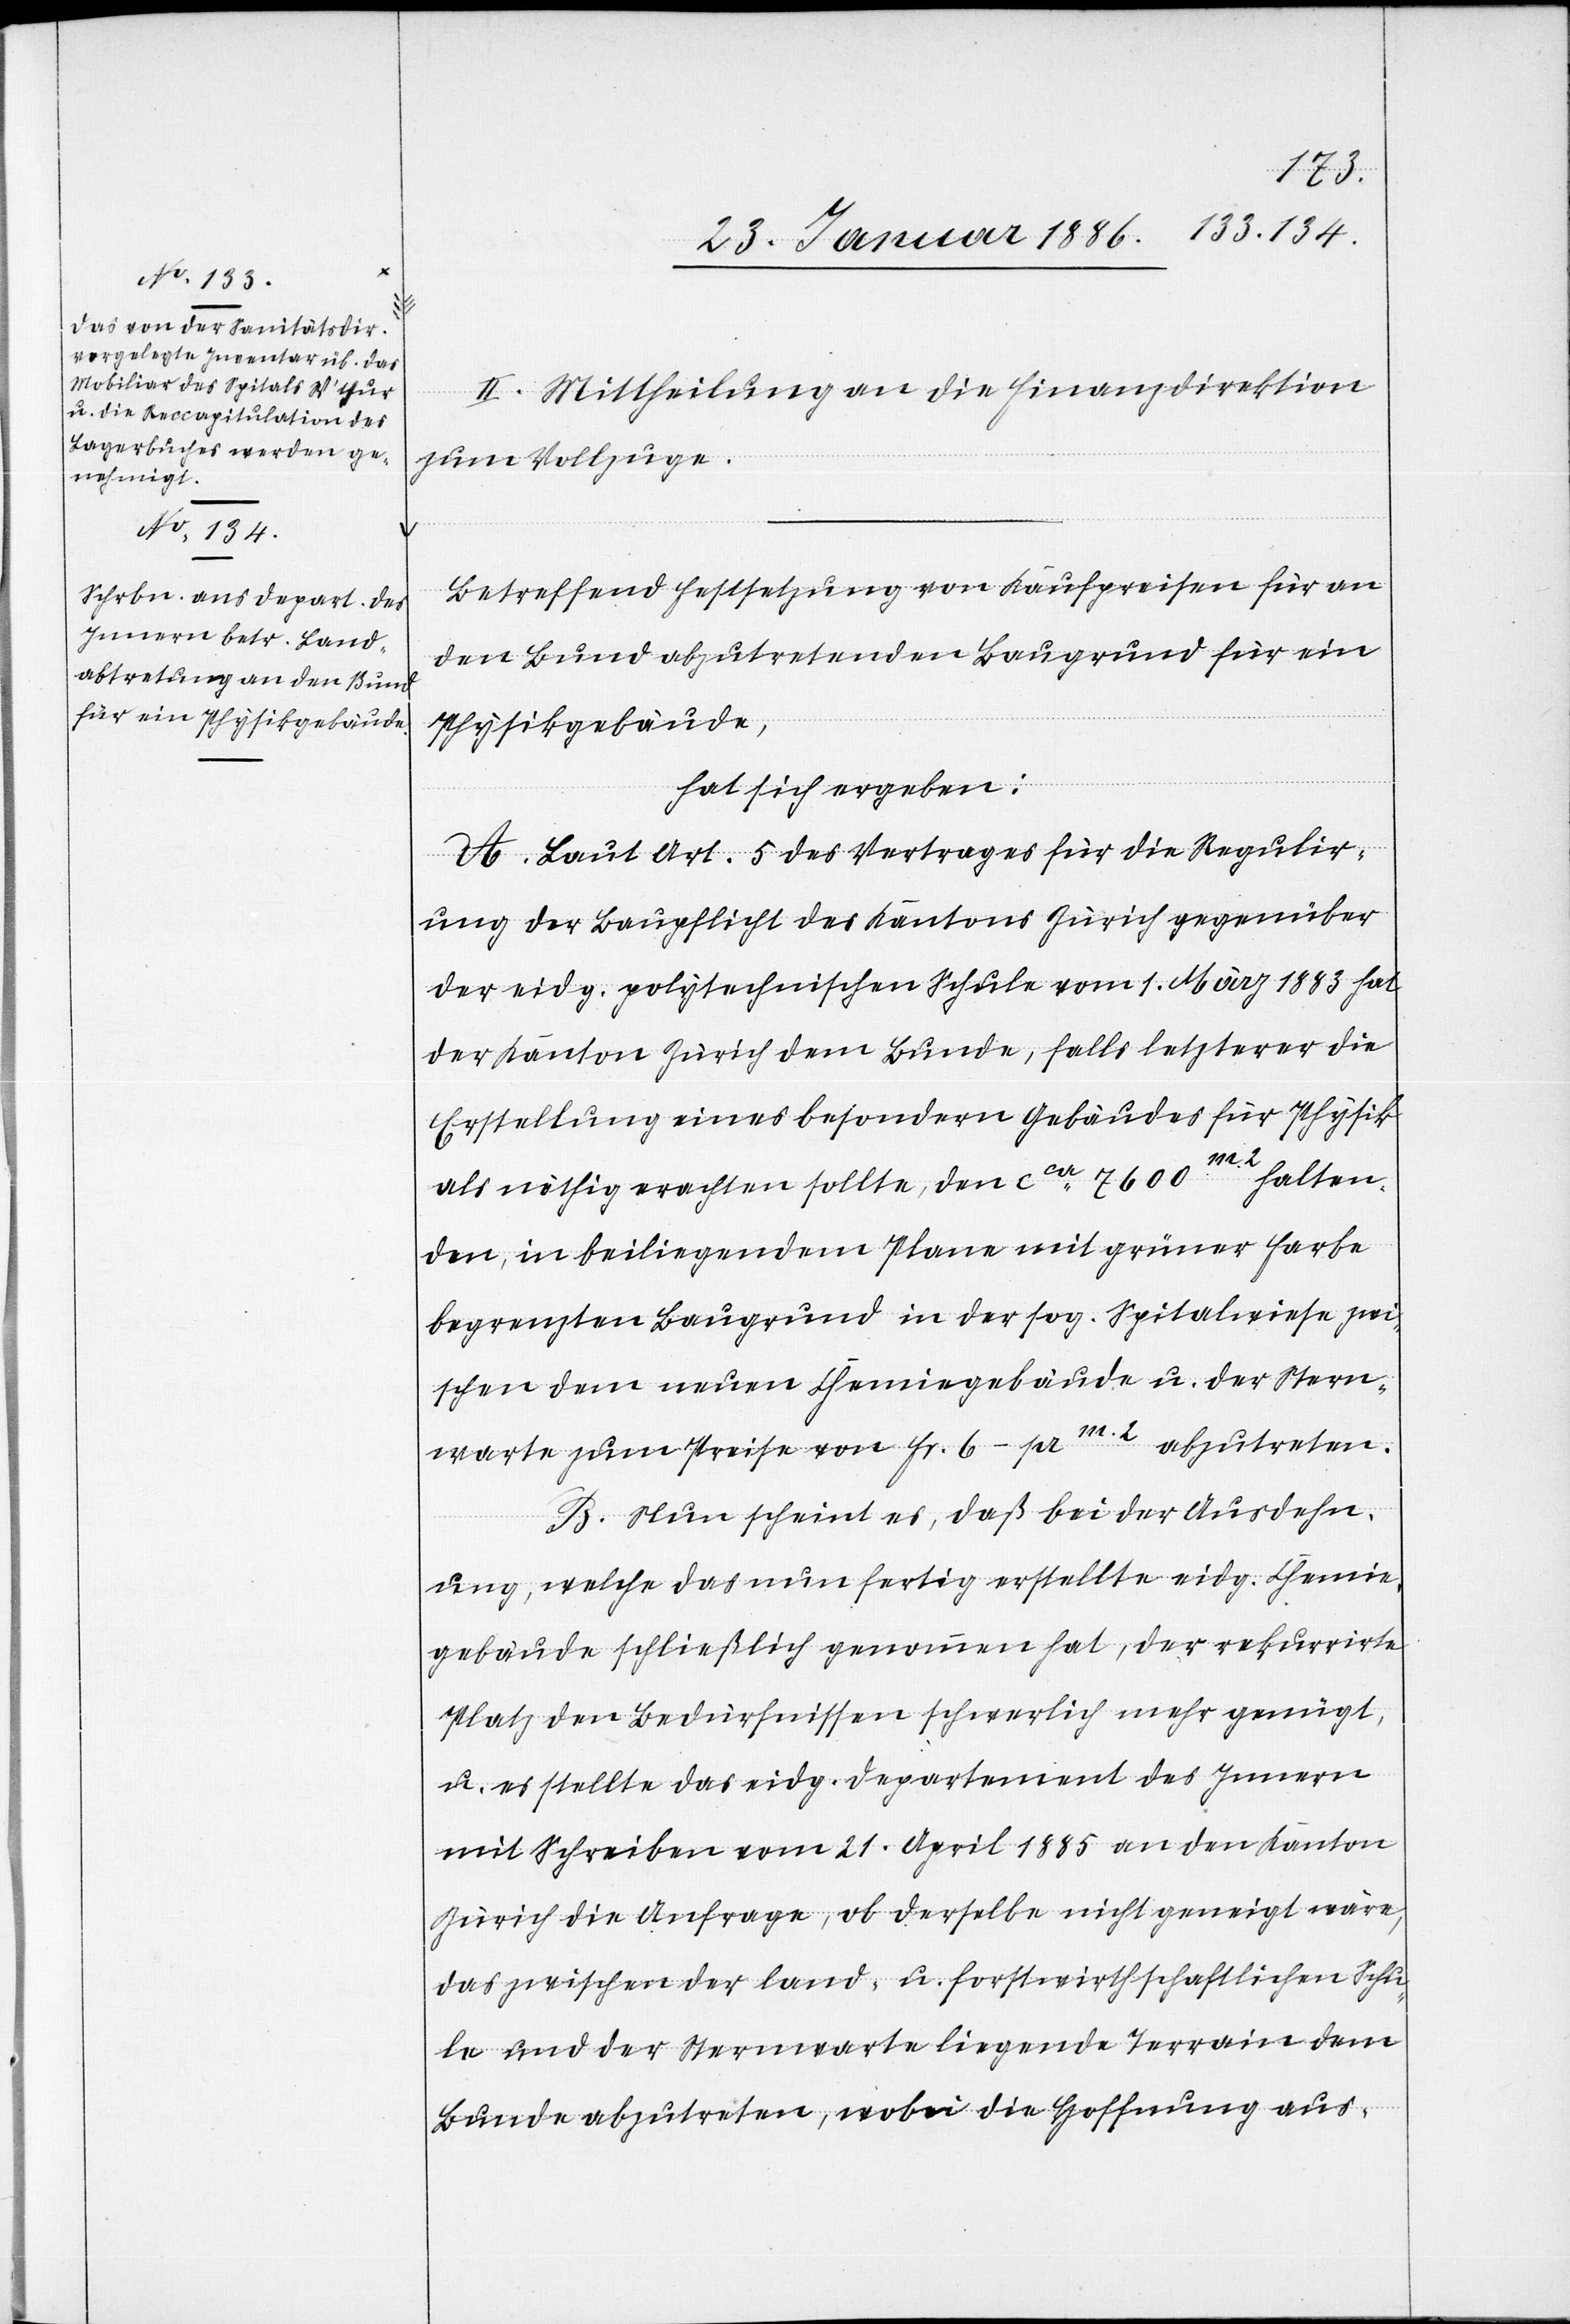
Das von der Sanitätsdir¬
vorgelegte Inventar üb. das
Mobiliar des Spitals [Winterthur]
u. die Reccapitulation des
Lagerbuches werden ge¬
nehmigt.

II. Mittheilung an die Finanzdirektion.
Betreffend Festsetzung von Kaufpreisen für an
den Bund abzutretenden Baugrund für ein
Physikgebäude,
hat sich ergeben:
A. Laut Art. 5 des Vertrages für die Regulir¬
ung der Baupflicht des Kantons Zürich gegenüber
der eidg. polytechnischen Schule vom 1. März 1883 hat
der Kanton Zürich dem Bunde, falls letzterer die
Erstellung eines besondern Gebäudes für Physik
m2
halten¬
als nöthig erachten sollte, den cca 7600
den, in beiliegendem Plane mit grüner Farbe
begrenzten Baugrund in der sog. Spitalwiese zwi¬
schen dem neuen Chemiegebäude u. der Stern¬
warte zum Preise von Fr. 6.– per m2 abzutreten.
B. Nun scheint es, daß bei der Ausdehn¬
ung, welche das nun fertig erstellte eidg. Chemie¬
gebäude schließlich genommen hat, der rekurrirte
Platz den Bedürfnissen schwerlich mehr genügt,
u. es stellte das eidg. Departement des Innern
mit Schreiben vom 21. April 1885 an den Kanton
Zürich die Anfrage, ob derselbe nicht geneigt wäre,
das zwischen der land- u. forstwirthschaftlichen Schu¬
le und der Sternwarte liegende Terrain dem
Bunde abzutreten, wobei die Hoffnung aus-